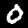
Label: 0